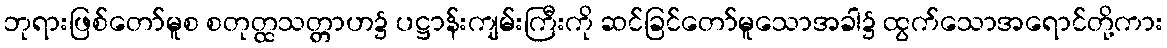
ဘုရားဖြစ်တော်မူစ စတုတ္ထသတ္တာဟ၌ ပဋ္ဌာန်းကျမ်းကြီးကို ဆင်ခြင်တော်မူသောအခါ၌ ထွက်သောအရောင်တို့ကား